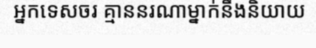
អ្នកទេសចរ គ្មាននរណាម្នាក់នឹងនិយាយ